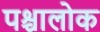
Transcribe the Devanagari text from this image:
पश्चालोक